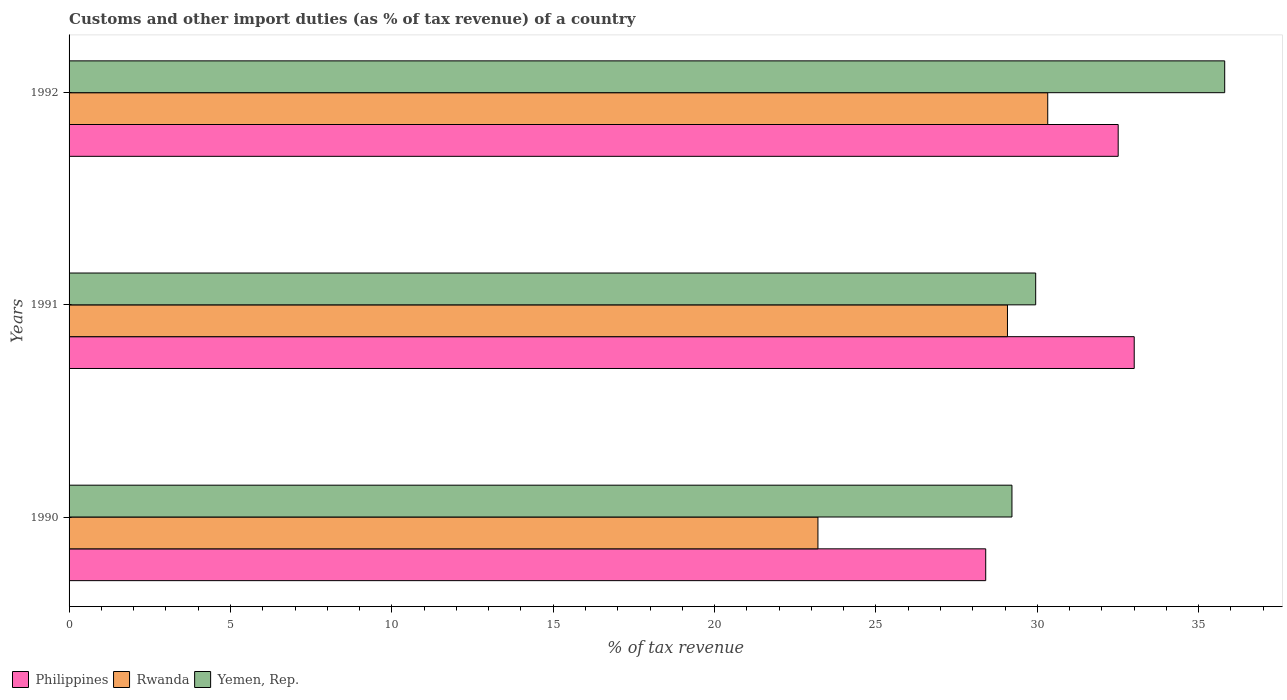
| Years | Philippines | Rwanda | Yemen, Rep. |
 | --- | --- | --- | --- |
 | 1990 | 28.4 | 23.2 | 29.2 |
 | 1991 | 33 | 29.1 | 29.9 |
 | 1992 | 32.5 | 30.3 | 35.8 |